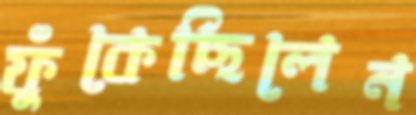
ফুঁকেছিলেন